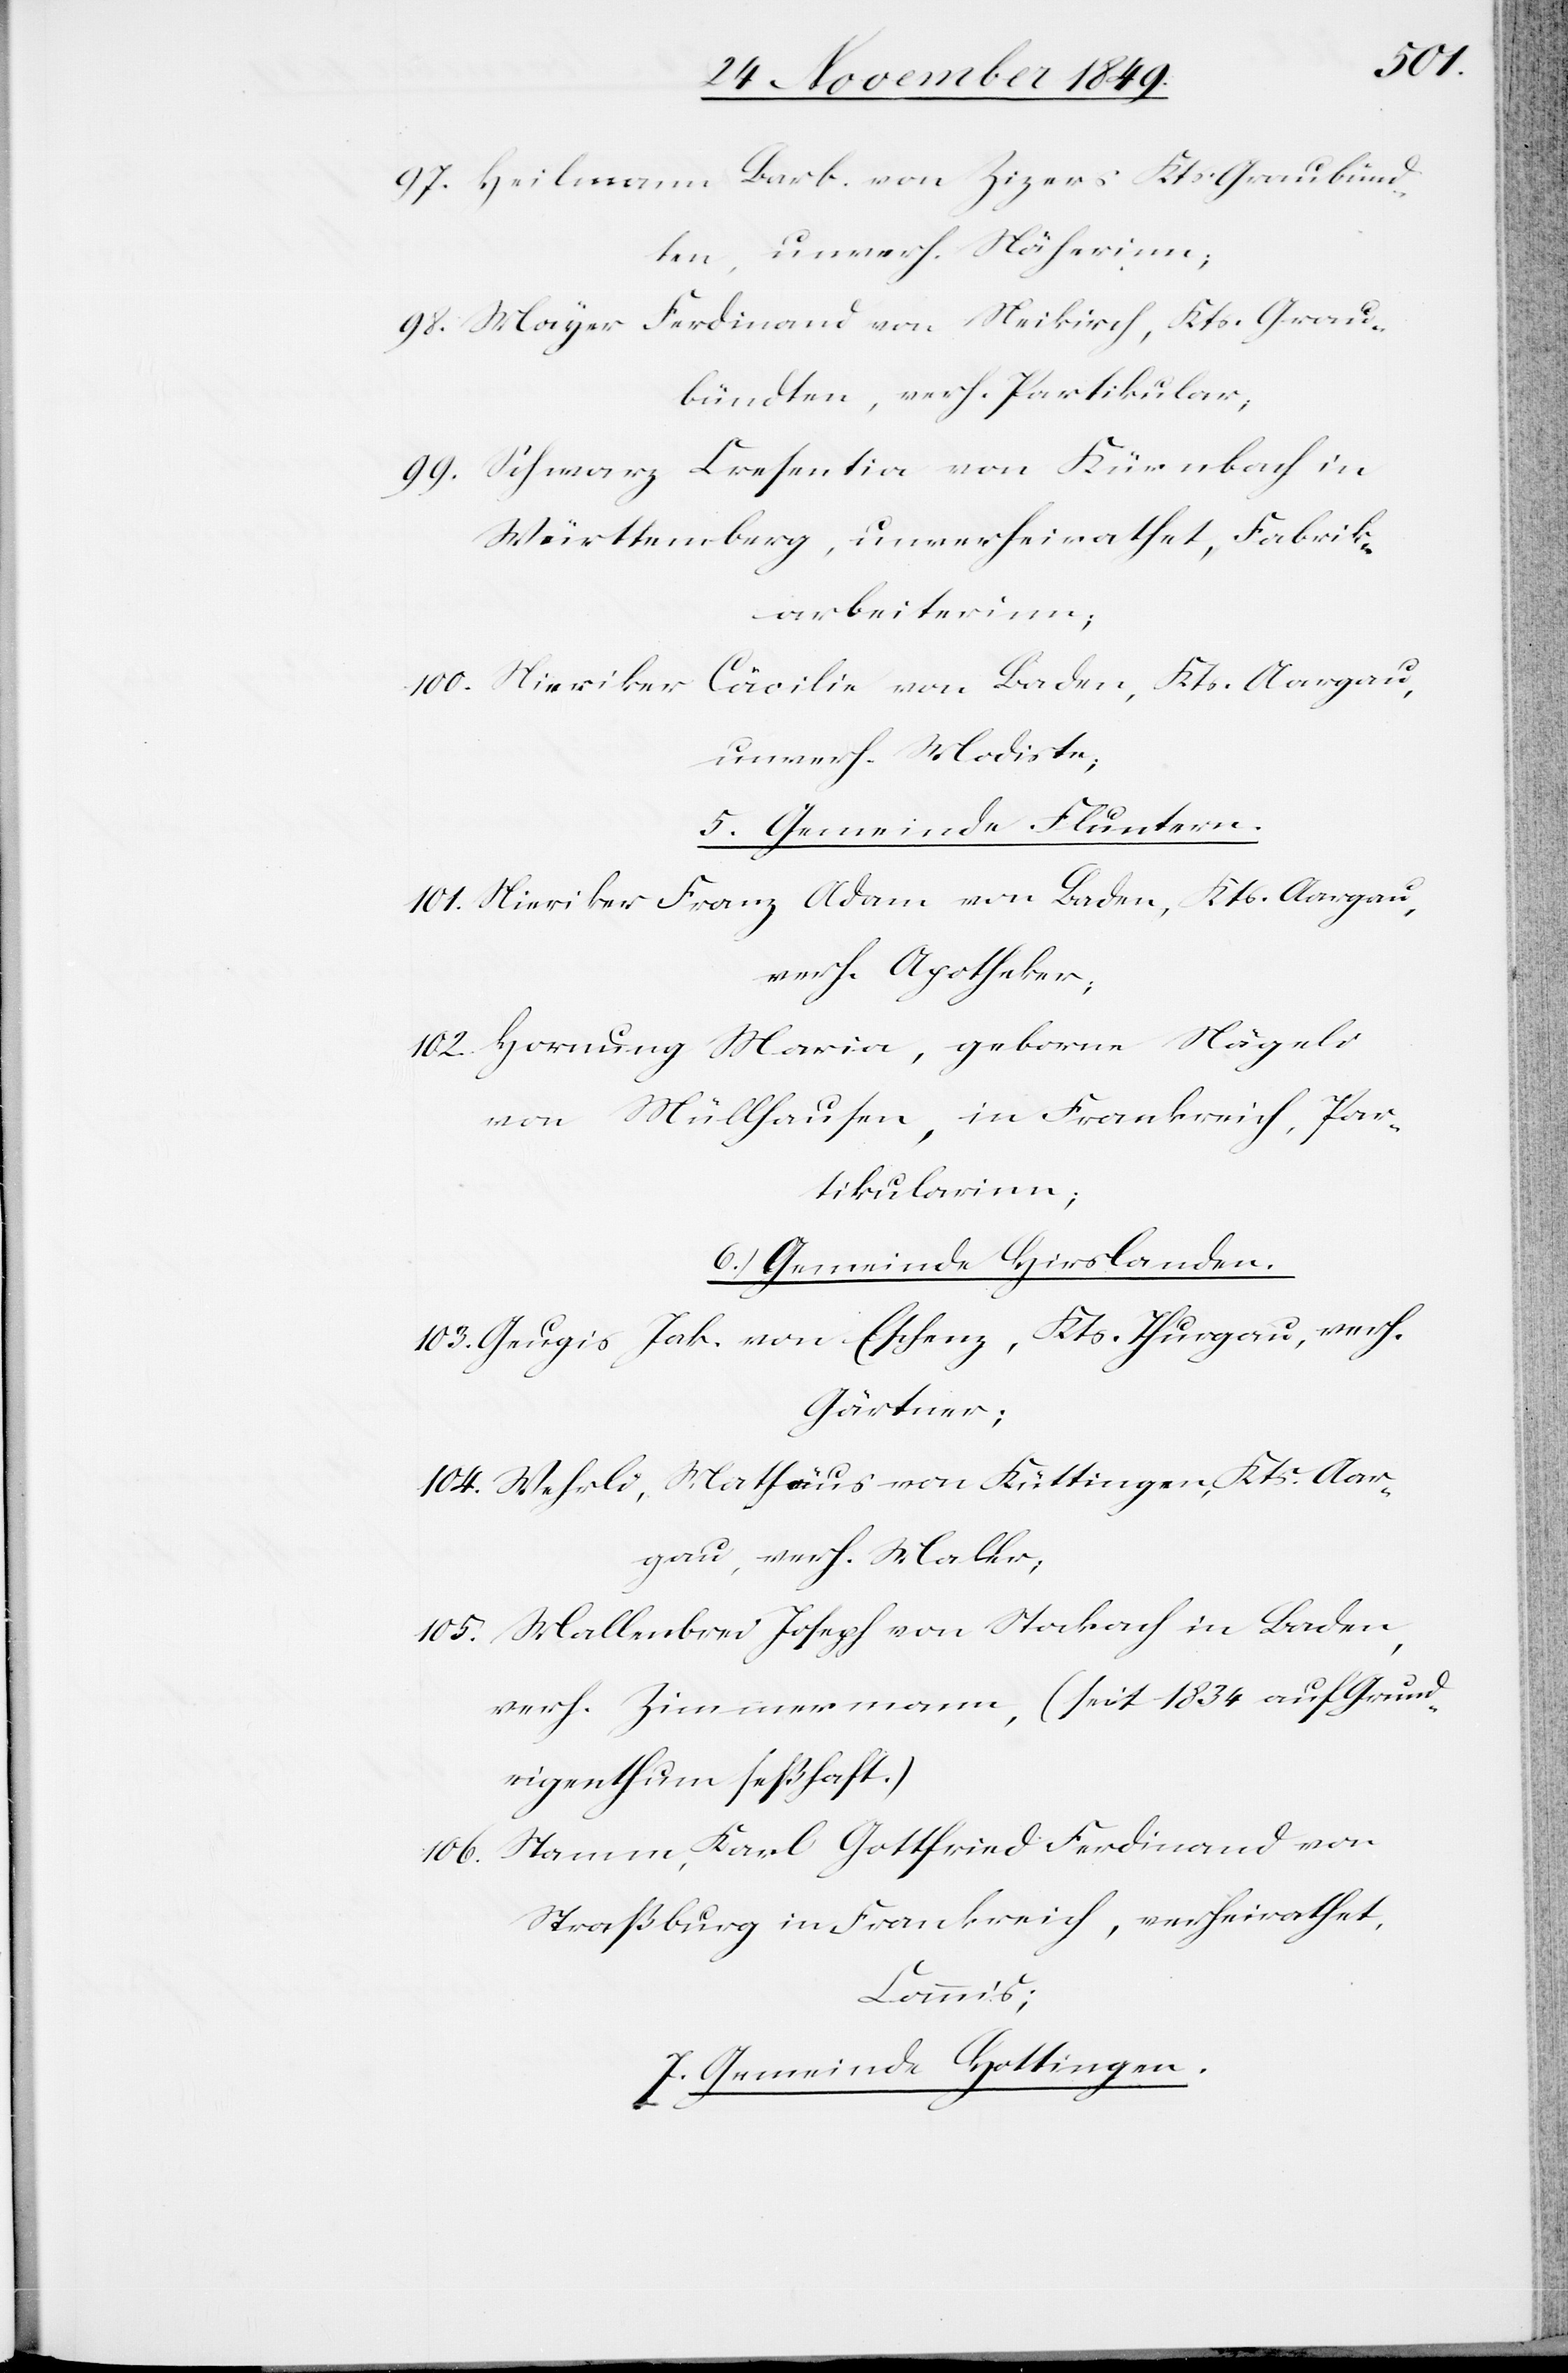
97. Heilmann Barb. von Zizers Kts. Graubünd¬
ten, unverh. Näherinn;
98. Mayer Ferdinand von Maikirch, Kts. Grau¬
bündten, verh. Partikular;
Cresentia von Kürnbach in
99. Schwarz
Württemberg, unverheirathet, Fabrik¬
arbeiterinn;
100. Nieriker Cäcilia von Baden, Kts. Aargau,
unverh. Modiste;
5. Gemeinde Fluntern.
101. Nieriker Franz Adam von Baden, Kts. Aargau,
verh. Apotheker;
102. Hornung Maria, geborne Nägeli
von Mühlhausen, in Frankreich, Par¬
tikularinn;
6. Gemeinde Hirslanden.
103. Geugis Jak. von Eschenz, Kts. Thurgau, verh.
Gärtner;
104. Wehrli, Matthäus von Küttingen, Kts. Aar¬
gau, verh. Walkr;
105. Wallenbrei Joseph von Stockach in Baden,
verh. Zimmermann, (seit 1834 auf Grund¬
eigenthum seßhaft.)
106. Stamm, Karl Gottfried Ferdinand von
Straßburg in Frankreich, verheirathet,
Commis;
7. Gemeinde Hottingen.